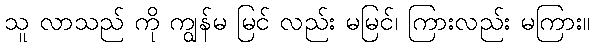
သူ လာသည် ကို ကျွန်မ မြင် လည်း မမြင်၊ ကြားလည်း မကြား။